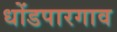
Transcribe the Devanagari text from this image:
धोंडपारगाव